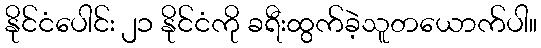
နိုင်ငံပေါင်း ၂၁ နိုင်ငံကို ခရီးထွက်ခဲ့သူတယောက်ပါ။